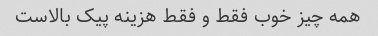
همه چیز خوب فقط و فقط هزینه پیک بالاست